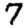
Digit: 7